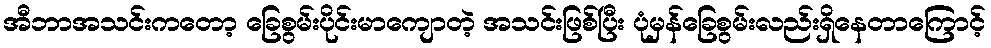
အီဘာအသင်းကတော့ ခြေစွမ်းပိုင်းမာကျောတဲ့ အသင်းဖြစ်ပြီး ပုံမှန်ခြေစွမ်းလည်းရှိနေတာကြောင့်